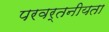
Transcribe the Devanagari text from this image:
परवर्तनीयता